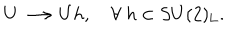
U \longrightarrow U h , ~ \forall ~ h \in S U ( 2 ) _ { \mathrm { L } } .